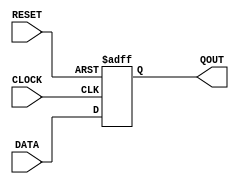
/******************************************************/ 
	module pDFF(DATA,QOUT,CLOCK,RESET); 
/******************************************************/ 
 
parameter WIDTH = 1;  
 
input [WIDTH-1:0] DATA; 
input CLOCK, RESET; 
 
output [WIDTH-1:0] QOUT; 
 
reg [WIDTH-1:0] QOUT; 
 
   always @(posedge CLOCK or negedge RESET) 
      if (~RESET) QOUT <= 0; //active low reset 
         else QOUT <= DATA; 
 
endmodule